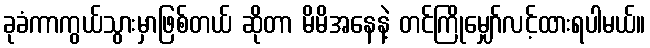
ခုခံကာကွယ်သွားမှာဖြစ်တယ် ဆိုတာ မိမိအနေနဲ့ တင်ကြိုမျှော်လင့်ထားရပါမယ်။